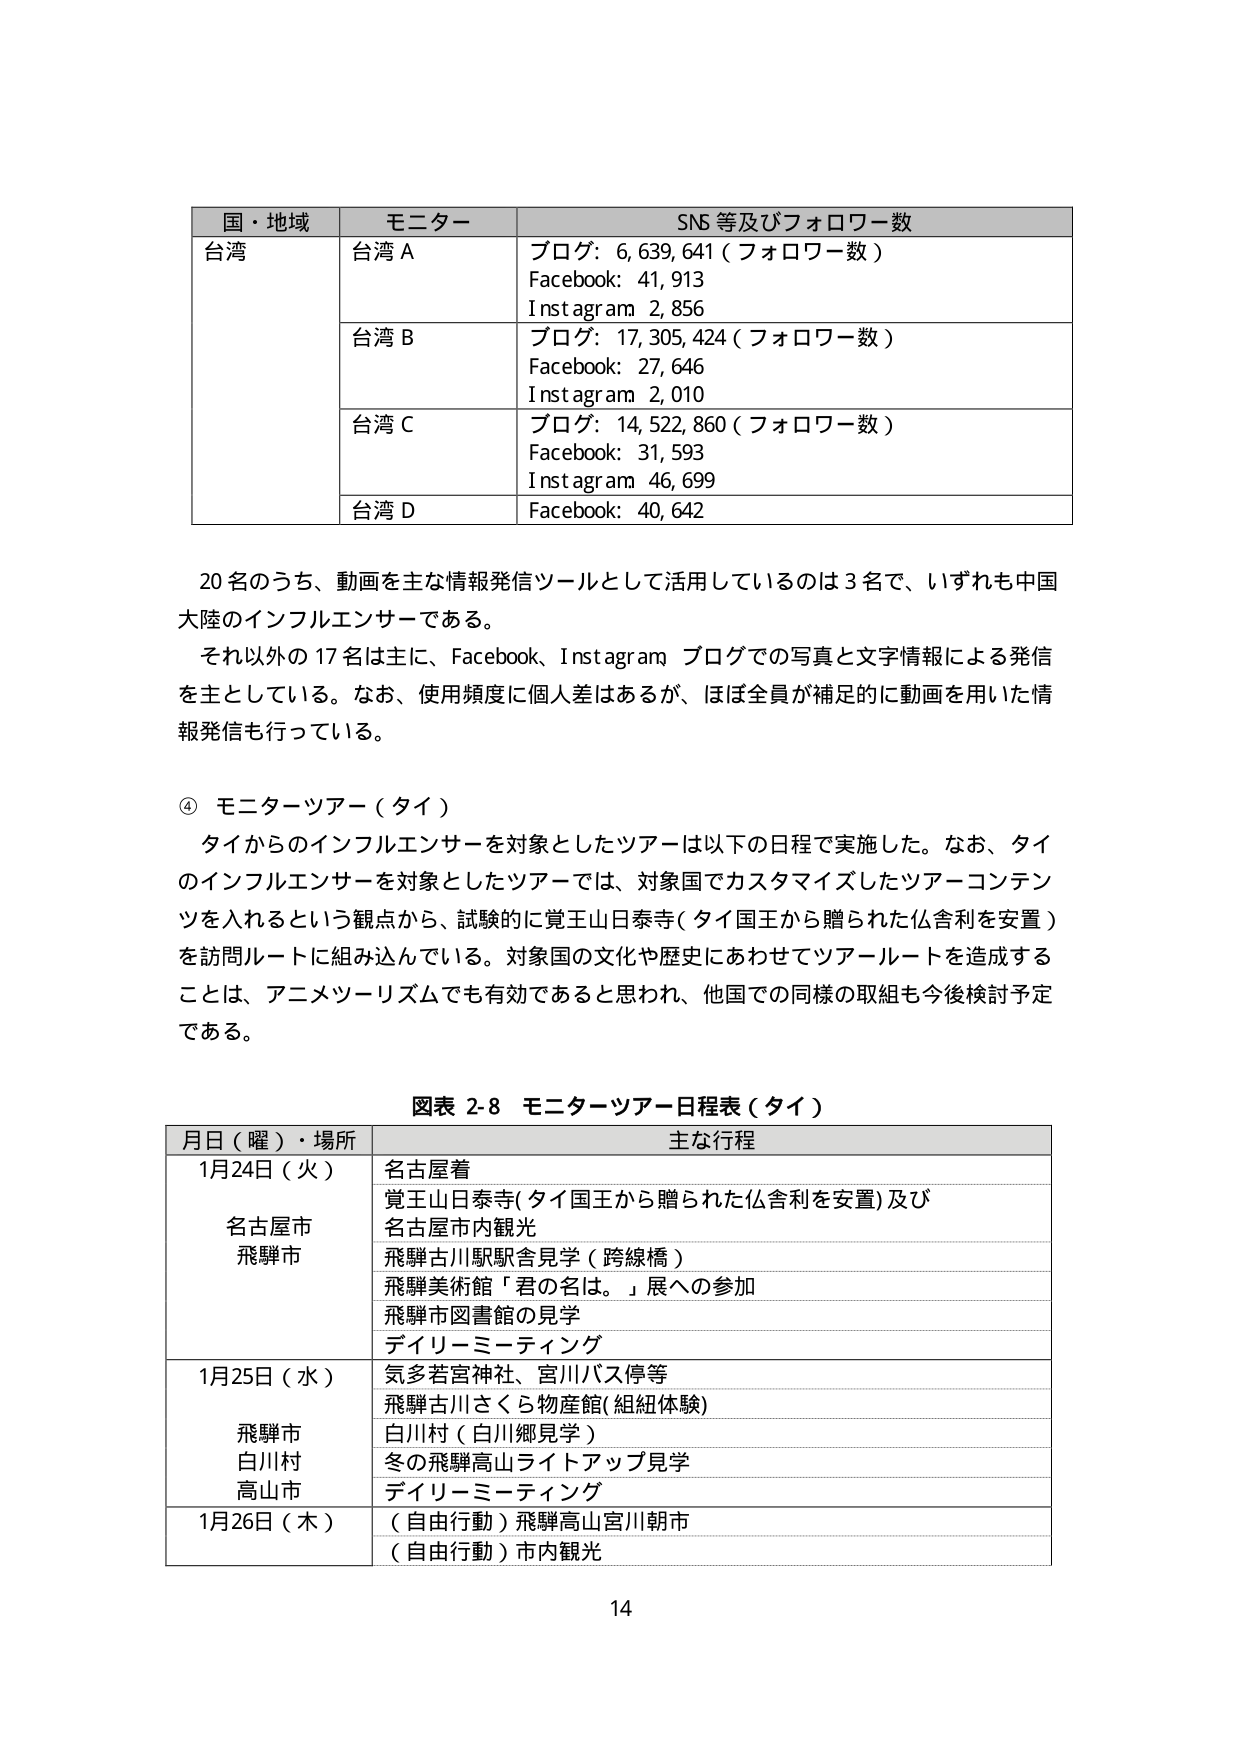
国・地域 モニター SNS等及びフォロワー数
台湾 台湾A ブログ:6,639,641(フォロワー数)
Facebook:41,913
Instagram 2,856
台湾B ブログ:17,305,424(フォロワー数)
Facebook:27,646
Instagram 2,010
台湾C ブログ:14,522,860(フォロワー数)
Facebook:31,593
Instagram 46,699
台湾D Facebook:40,642
20名のうち、動画を主な情報発信ツールとして活用しているのは3名で、いずれも中国大陸のインフルエンサーである。
それ以外の17名は主に、Facebook、Instagram ブログでの写真と文字情報による発信を主としている。なお、使用頻度に個人差はあるが、ほぼ全員が補足的に動画を用いた情報発信も行っている。
④ モニターツアー(タイ)
タイからのインフルエンサーを対象としたツアーは以下の日程で実施した。なお、タイのインフルエンサーを対象としたツアーでは、対象国でカスタマイズしたツアーコンテンツを入れるという観点から、試験的に覚王山日泰寺(タイ国王から贈られた仏舎利を安置)を訪問ルートに組み込んでいる。対象国の文化や歴史にあわせてツアールートを造成することは、アニメツーリズムでも有効であると思われ、他国での同様の取組も今後検討予定である。
図表2-8 モニターツアー日程表(タイ)
月日(曜)・場所 主な行程
1月24日(火) 名古屋着
名古屋市 覚王山日泰寺(タイ国王から贈られた仏舎利を安置)及び
飛騨市 名古屋市内観光
飛騨古川駅駅舎見学(跨線橋)
飛騨美術館「君の名は。」展への参加
飛騨市図書館の見学
デイリーミーティング
1月25日(水) 気多若宮神社、宮川バス停等
飛騨市 飛騨古川さくら物産館(組紐体験)
白川村 白川村(白川郷見学)
高山市 冬の飛騨高山ライトアップ見学
デイリーミーティング
1月26日(木) (自由行動)飛騨高山宮川朝市
(自由行動)市内観光
14